Problem: 8 + 28 = ?
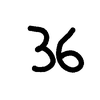
Handwritten answer: 36